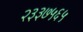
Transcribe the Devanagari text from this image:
२३३७५६५